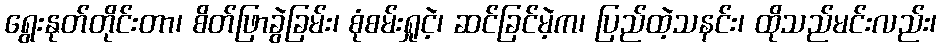
ရွေးနုတ်တိုင်းတာ၊ စိတ်ဖြာခွဲခြမ်း၊ စုံစမ်းရှုငဲ့၊ ဆင်ခြင်မဲ့က၊ ပြည်ထဲ့သနင်း၊ ထိုသည်မင်းလည်း၊